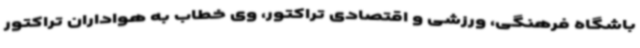
باشگاه فرهنگی، ورزشی و اقتصادی تراکتور، وی خطاب به هواداران تراکتور